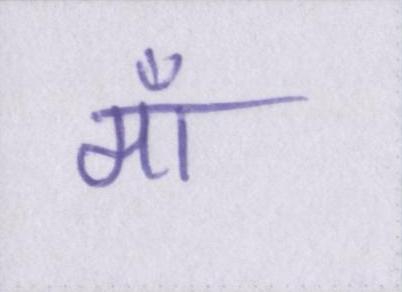
माँ